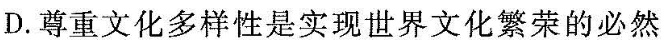
D.尊重文化多样性是实现世界文化繁荣的必然